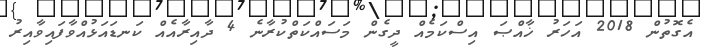
އެގޮތުން 2018 އަހަރު ޚާއްޞަ އިސްކަމެއް ދީގެން މަސައްކަތްކުރާނެ 4 ދާއިރާއެއް ކަނޑައަޅުއްވާފައިވާއިރު